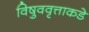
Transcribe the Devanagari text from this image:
विषुववृत्ताकडे